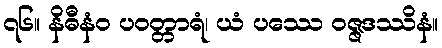
၇၆။ နိဓီနံဝ ပဝတ္တာရံ၊ ယံ ပဿေ ဝဇ္ဇဒဿိနံ။